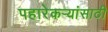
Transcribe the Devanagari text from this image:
पहारेकऱ्यांसाठी